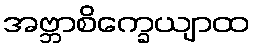
အဗ္ဘာစိက္ခေယျာထ